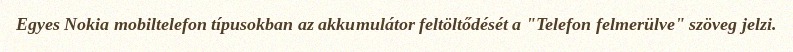
Egyes Nokia mobiltelefon típusokban az akkumulátor feltöltődését a "Telefon felmerülve" szöveg jelzi.